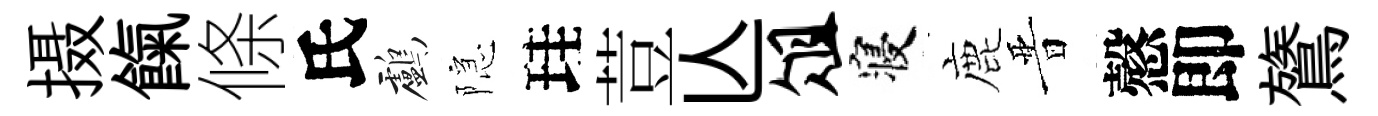
摄餼條氏鸕隠珪荳亾俎寝鹿晋慤即鷟